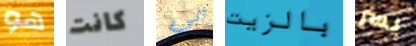
هو كانت الى بالزيت يسر